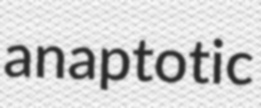
anaptotic